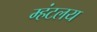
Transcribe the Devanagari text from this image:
म्हंटलय